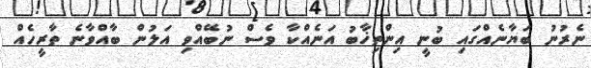
ނެރުނު ބަޔާނެއްގައި ބުނީ އިންތިޚާބު އަނެއްކާ ވެސް ނުބޭއްވި އަލުން ބާއްވާނެ ތާރީހެއް